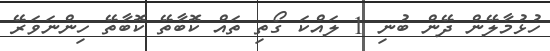
ހުޅުމާލޭން ދޭން ބުނި 1 ލައްކަ ގޯތި ތައް ކޮބާތޭ ކޮބާތޭ ހިންނަވަރޭ